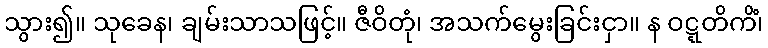
သွား၍။ သုခေန၊ ချမ်းသာသဖြင့်။ ဇီဝိတုံ၊ အသက်မွေးခြင်းငှာ။ န ဝဋ္ဋတိကိံ၊